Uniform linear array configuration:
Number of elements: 32
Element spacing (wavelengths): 1
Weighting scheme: kaiser
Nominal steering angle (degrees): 30
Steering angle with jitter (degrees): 30.192
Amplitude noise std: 0.05
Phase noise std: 0.05

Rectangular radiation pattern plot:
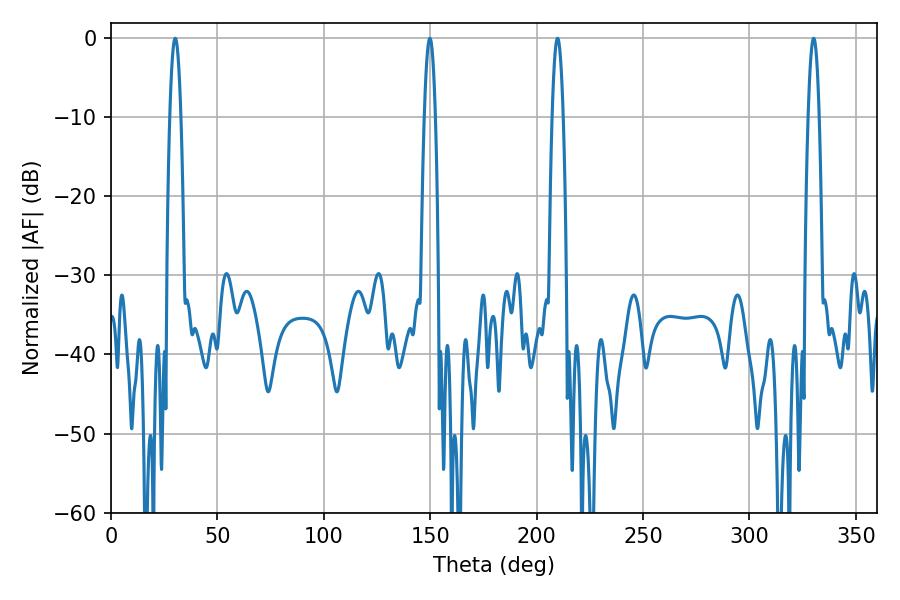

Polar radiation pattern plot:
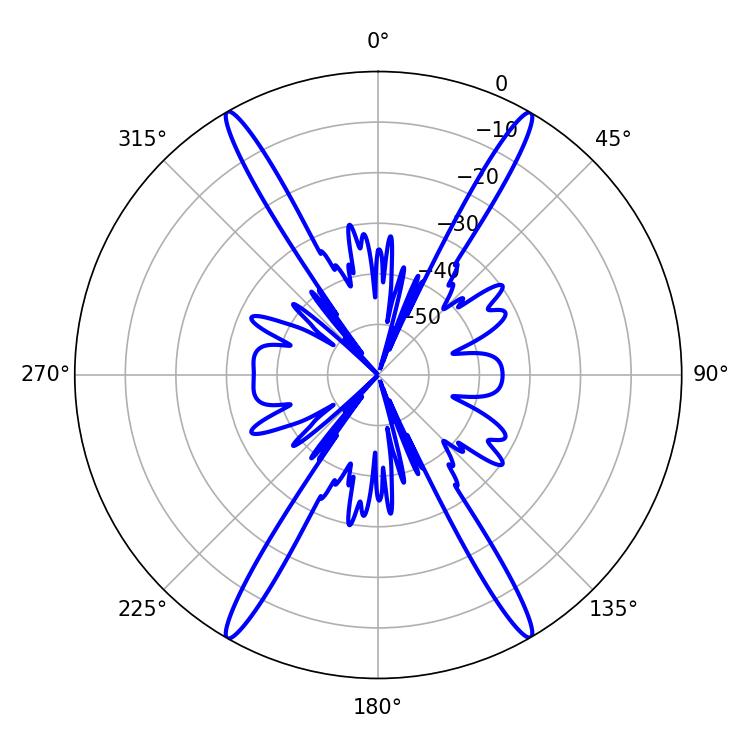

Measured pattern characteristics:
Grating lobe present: TRUE
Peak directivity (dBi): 33.336
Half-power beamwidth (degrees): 2.88
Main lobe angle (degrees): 330.12